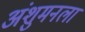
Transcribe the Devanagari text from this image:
अंशुमनला